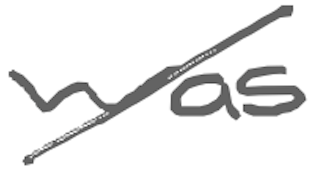
Text: was
Cross-out: diagonal
Writing tool: digital_gray